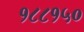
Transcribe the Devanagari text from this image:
१८८१५०